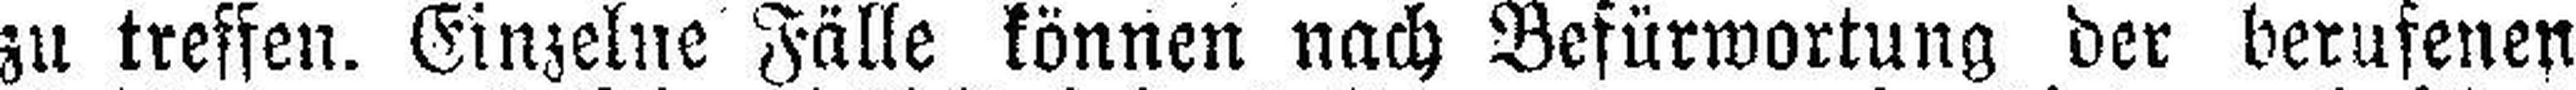
zu treffen. Einzelne Fälle können nach Befürwortung der berufenen